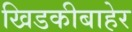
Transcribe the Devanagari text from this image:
खिडकीबाहेर